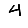
Digit: 4